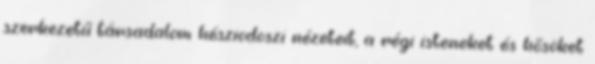
szerkezetű társadalom hésziodoszi nézeteit, a régi isteneket és hősöket